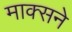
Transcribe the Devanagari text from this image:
माक्सने